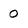
Character: 0